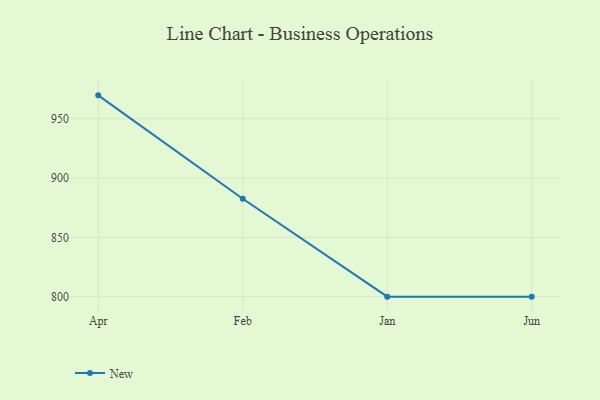
{"axis": {"x": "Month", "y": "Page Views"}, "legend": ["New"], "data": [{"x": "Apr", "y": 969.8, "type": "New"}, {"x": "Feb", "y": 882.6, "type": "New"}, {"x": "Jan", "y": 800, "type": "New"}, {"x": "Jun", "y": 800, "type": "New"}]}